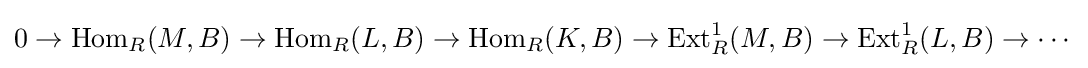
0\to \mathrm {Hom} _{R}(M,B)\to \mathrm {Hom} _{R}(L,B)\to \mathrm {Hom} _{R}(K,B)\to \mathrm {Ext} _{R}^{1}(M,B)\to \mathrm {Ext} _{R}^{1}(L,B)\to \cdots